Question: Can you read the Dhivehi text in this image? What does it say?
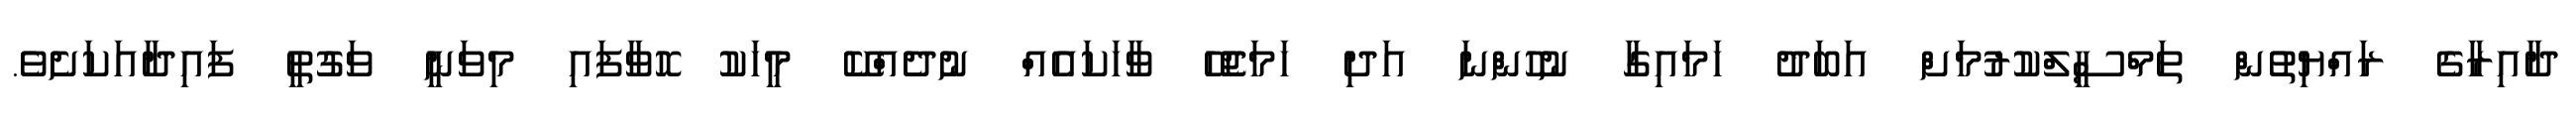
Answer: ދާއިރާގެ ރައްޔިތުން ތަމްސީލްކުރުމަށް އަބަދު ހަމައިގާ ނުހުންނަ އަދި ހަމަޖެހޭ ވާހަކައެއް ނުދެއްކޭ މީހަކު ހޮވާފައި މިވަނީ ވަގުތީ ފައިދާއަކަށެވެ.